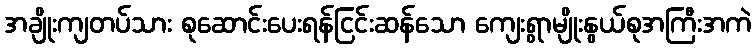
အချိုးကျတပ်သား စုဆောင်းပေးရန်ငြင်းဆန်သော ကျေးရွာမျိုးနွယ်စုအကြီးအကဲ